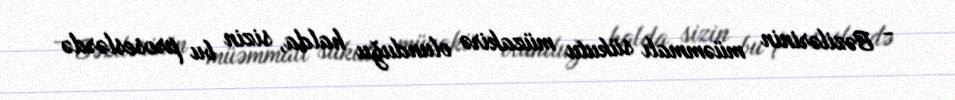
- Bəzilərinin müəmmalı sükutu müzakirə olunduğu halda, sizin bu proseslərdə